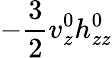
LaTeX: -\frac{3}2v_{z}^{0}h_{zz}^{0}